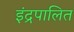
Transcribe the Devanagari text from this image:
इंद्रपालित